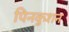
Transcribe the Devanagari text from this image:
पिनकुशन